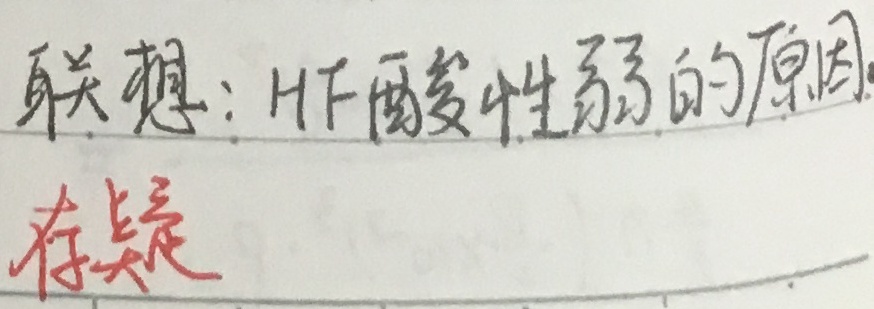
联想：HF 酸性弱的原因存疑